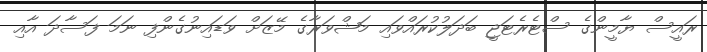
ރައީސް ޔާމީންގެ ސްޓެރެޓަޖީ ބަދަލުކުރައްވައި މަޝްވަރާގެ މޭޒަށް ވަޑައިނުގެންފި ނަމަ ފަސާދަ އާއި